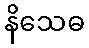
နိသေဓ